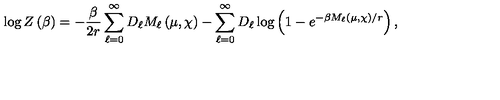
\log Z \left( \beta \right) = - \frac { \beta } { 2 r } \sum _ { \ell = 0 } ^ { \infty } D _ { \ell } M _ { \ell } \left( \mu , \chi \right) - \sum _ { \ell = 0 } ^ { \infty } D _ { \ell } \log \left( 1 - e ^ { - \beta M _ { \ell } \left( \mu , \chi \right) / r } \right) ,